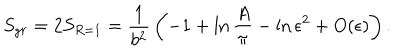
S _ { g r } = 2 S _ { R = 1 } = { \frac { 1 } { b ^ { 2 } } } \left( - 1 + \ln { { \frac { A } { \pi } } } - \ln \epsilon ^ { 2 } + O ( \epsilon ) \right) .